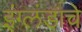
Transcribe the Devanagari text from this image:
इंग्लंडाचे